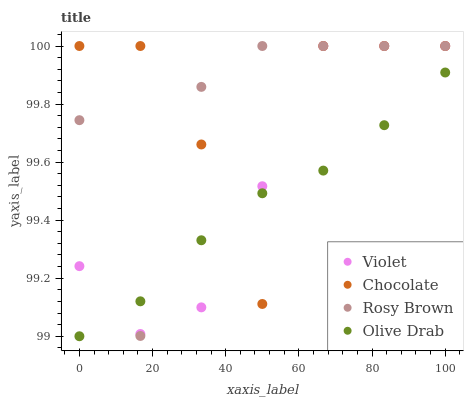
| xaxis_label | Violet | Chocolate | Rosy Brown | Olive Drab |
 | --- | --- | --- | --- | --- |
 | 0 | 99.2 | 100 | 99.7 | 99 |
 | 16.7 | 99 | 100 | 99 | 99.1 |
 | 33.3 | 99.1 | 99.7 | 99.9 | 99.3 |
 | 50 | 99.5 | 99.1 | 100 | 99.5 |
 | 66.7 | 100 | 100 | 100 | 99.6 |
 | 83.3 | 100 | 100 | 100 | 99.7 |
 | 100 | 100 | 100 | 100 | 99.9 |